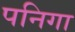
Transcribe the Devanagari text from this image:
पनिगा